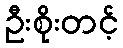
ဦးစိုးတင့်